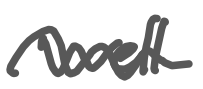
Text: well
Cross-out: wave
Writing tool: digital_gray